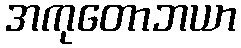
အကုတောဘယာ